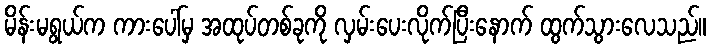
မိန်းမရွယ်က ကားပေါ်မှ အထုပ်တစ်ခုကို လှမ်းပေးလိုက်ပြီးနောက် ထွက်သွားလေသည်။